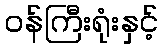
ဝန်ကြီးရုံးနှင့်